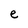
Character: e